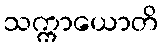
သက္ကာယောတိ